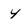
Character: 4